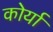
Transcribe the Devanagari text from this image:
कोर्या